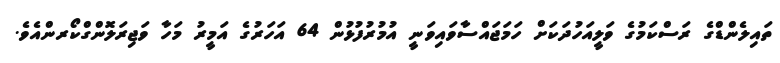
ތައިލެންޑްގެ ރަސްކަމުގެ ވަލީއަހުދަކަށް ހަމަޖައްސާވައިވަނީ އުމުރުފުޅުން 64 އަހަރުގެ އަމީރު މަހާ ވަޖިރަލޮންގްކޯރންއެވެ.